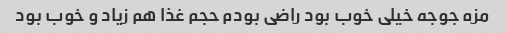
مزه جوجه خیلی خوب بود راضی بودم حجم غذا هم زیاد و خوب بود